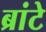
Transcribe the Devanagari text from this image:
ब्रांटे